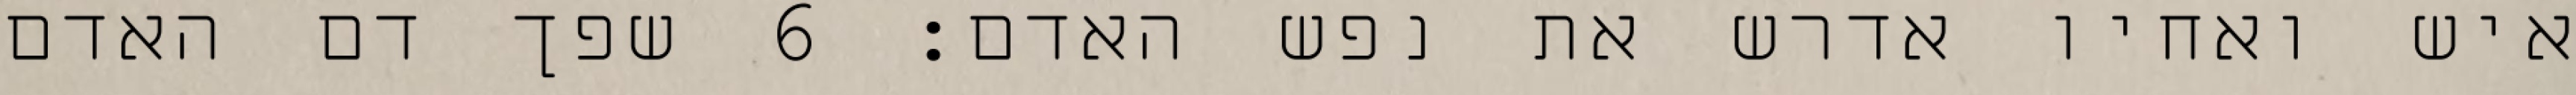
איש ואחיו אדרש את נפש האדם׃ ‎6‏ שפך דם האדם